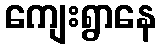
ကျေးရွာနေ